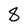
Character: 8